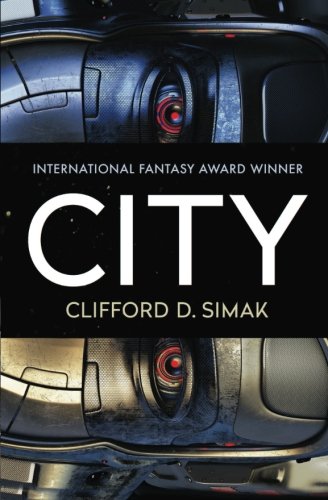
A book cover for City; Clifford D. Simak; Science Fiction & Fantasy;